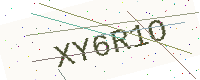
Text: XY6R1O